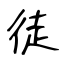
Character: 徒